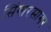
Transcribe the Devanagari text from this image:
सिंगारसागर